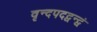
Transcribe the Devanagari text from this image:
वृन्दपदद्वन्द्वं